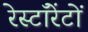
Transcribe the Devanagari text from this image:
रेस्टॉरेंटों